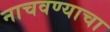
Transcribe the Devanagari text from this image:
नाचवण्याचा